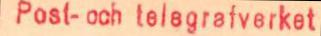
Post- och telegrafverket